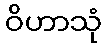
ဝိဟာသုံ